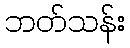
ဘတ်သန်း